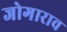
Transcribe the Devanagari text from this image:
जोगाराव